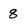
Character: 8